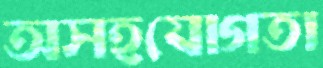
অসহযোগতা